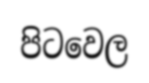
පිටවෙල